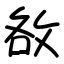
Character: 敋